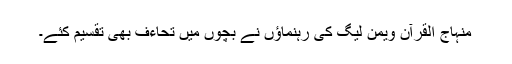
منہاج القرآن ویمن لیگ کی رہنماؤں نے بچوں میں تحاءف بھی تقسیم کئے۔